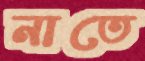
নাতে